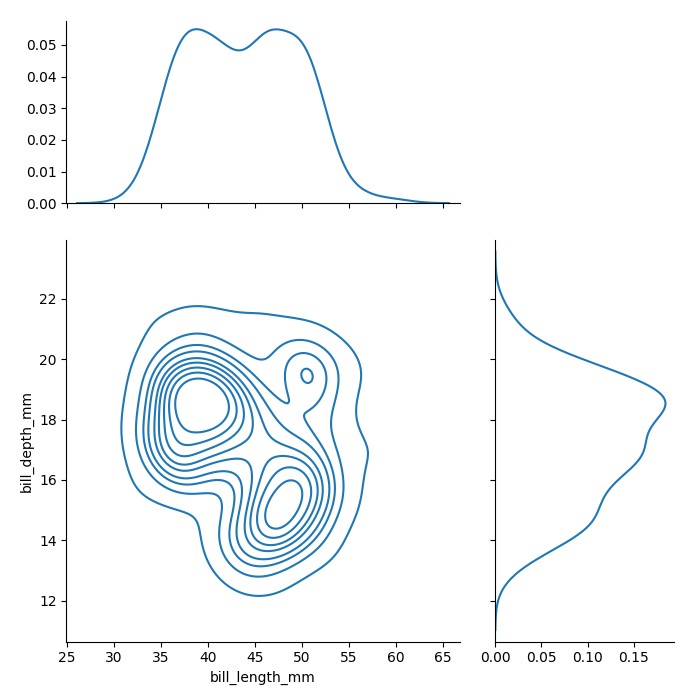
python, seaborn, jointplot, kind='kde', height='7', ratio='2', marginal_ticks='True'